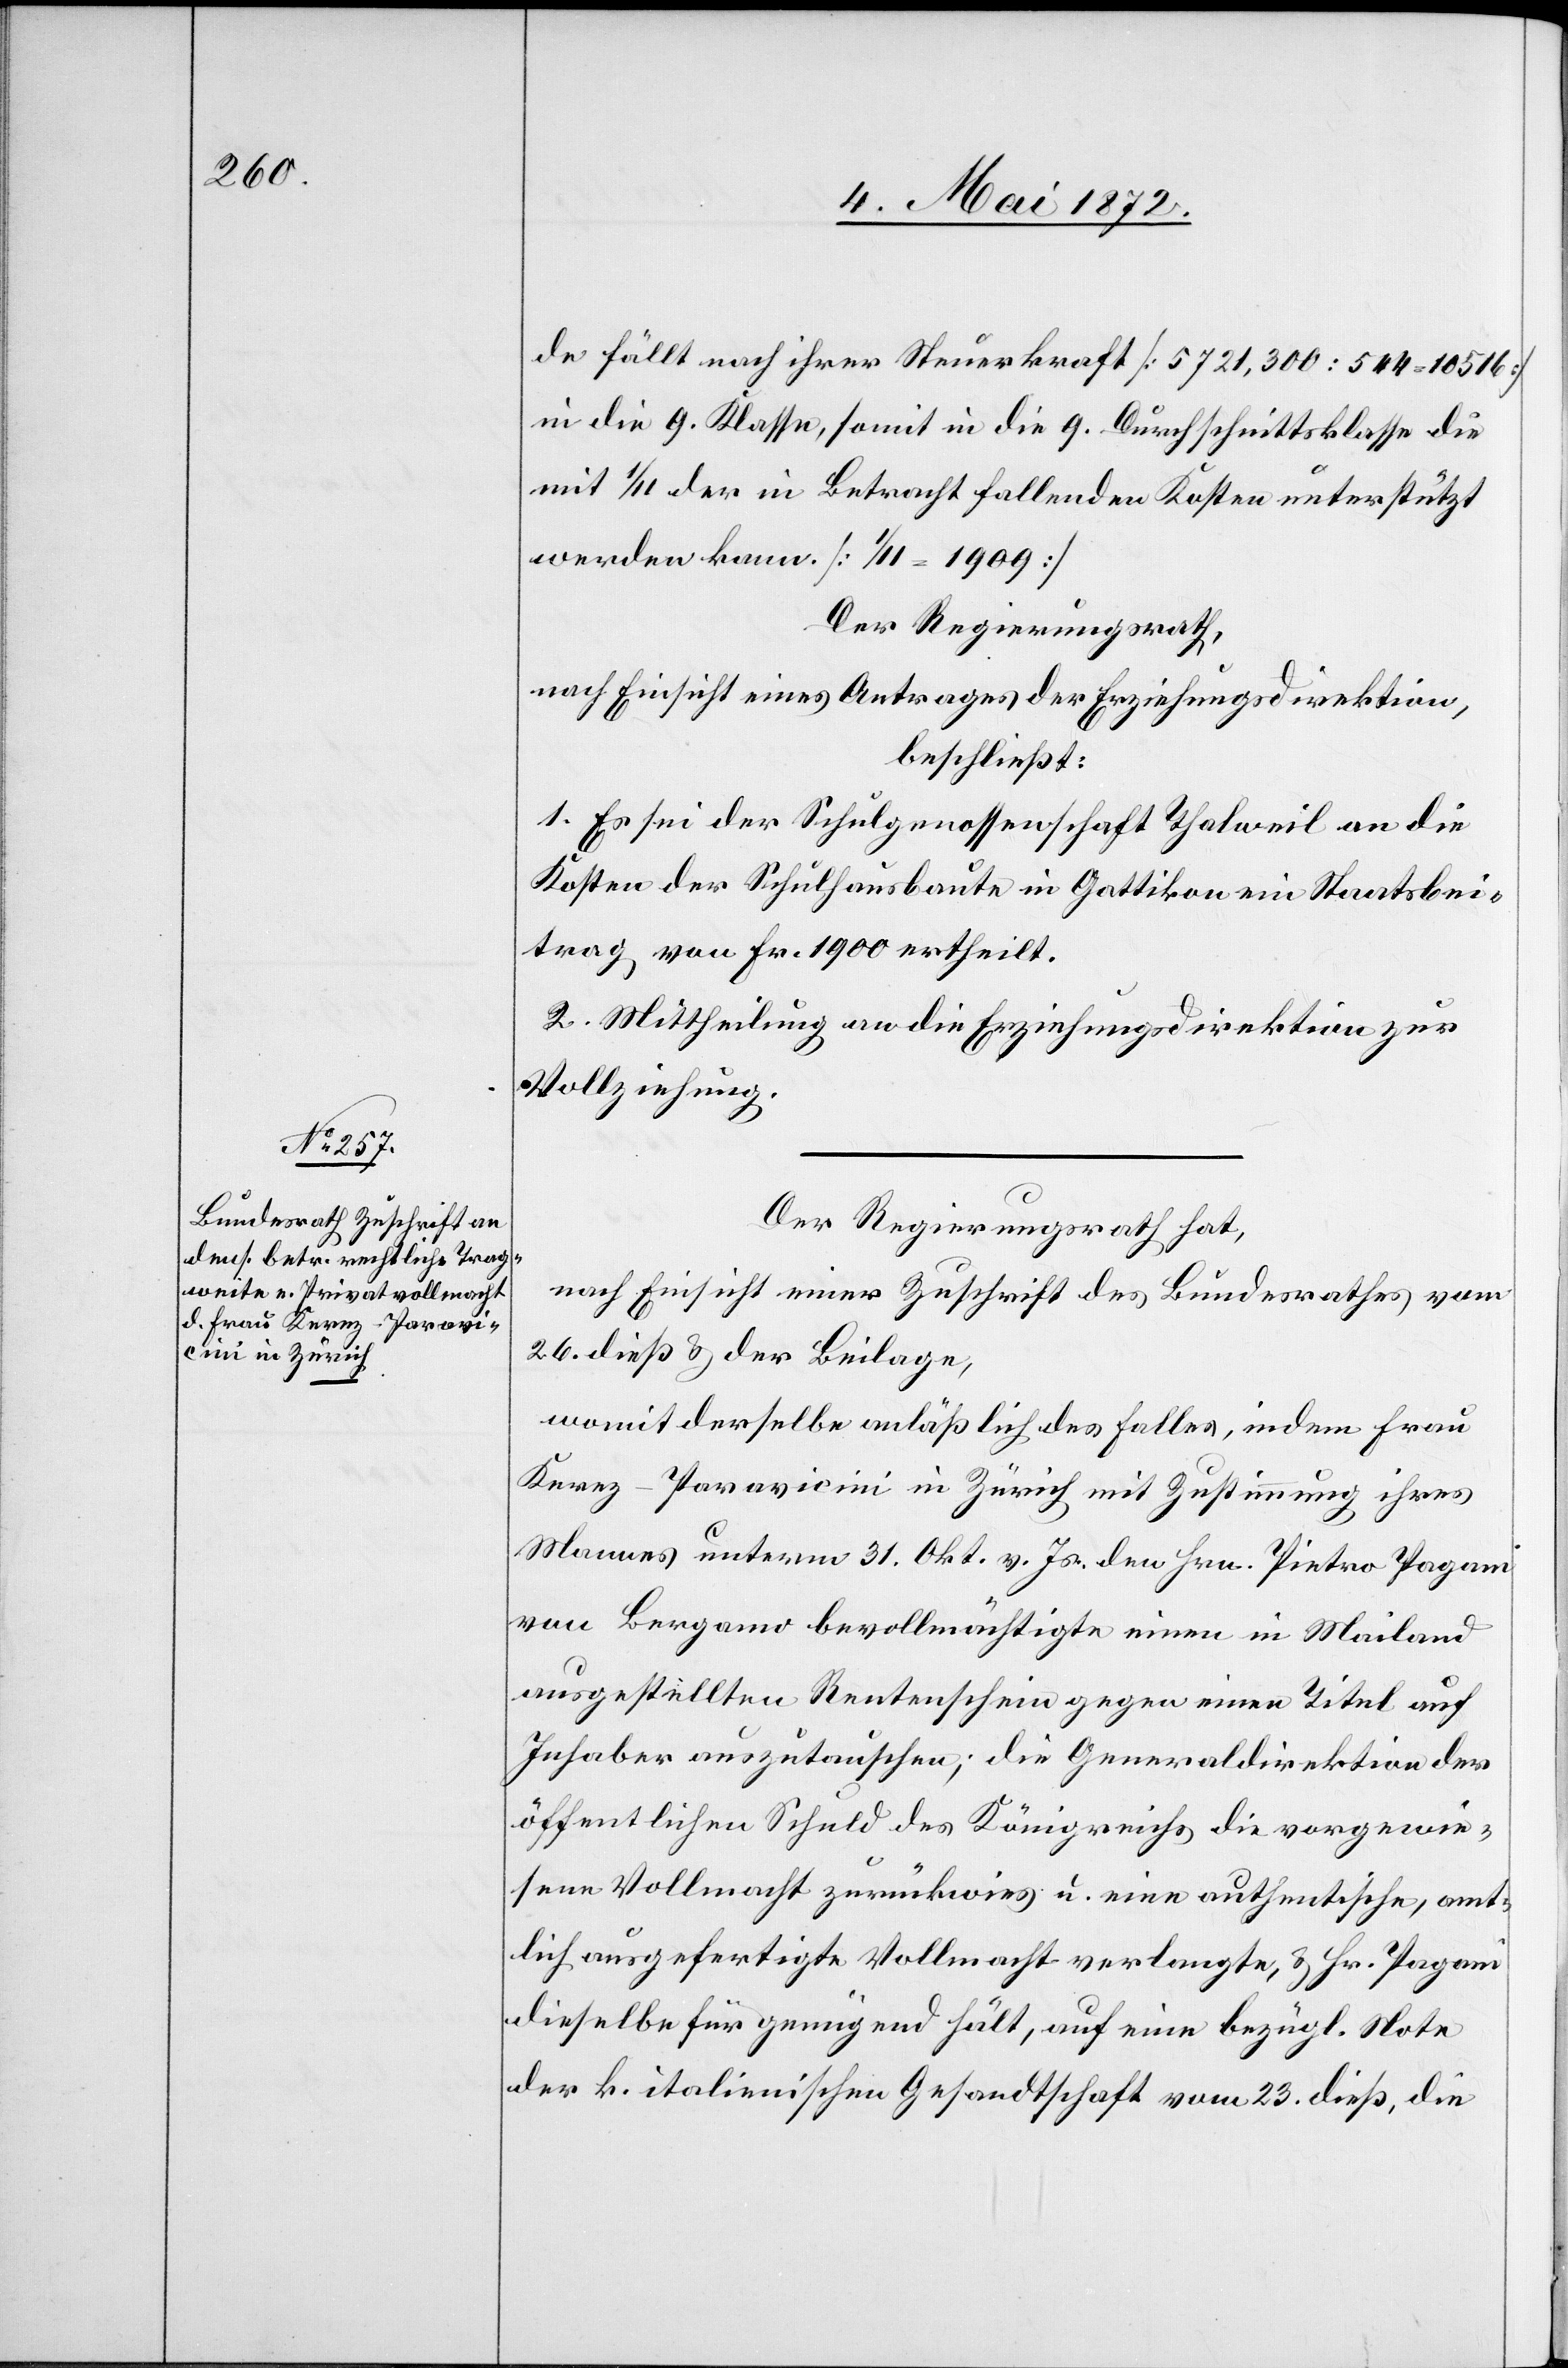
de fällt nach ihrer Steuerkraft [5721,300 : 544 = 10 516]
in die 9. Klasse, somit in die 9. Durchschnittsklasse die
mit 1/11 der in Betracht fallenden Kosten unterstützt
werden kann. [1/11 = 1909]
Der Regierungsrath,
nach Einsicht eines Antrages der Erziehungsdirektion,
beschließt:
1. Es sei der Schulgenossenschaft Thalweil an die
Kosten der Schulhausbaute in Gattikon ein Staatsbei¬
trag von Fr. 1900 ertheilt.
2. Mittheilung an die Erziehungsdirektion zur
Vollziehung.
Der Regierungsrath hat,
nach Einsicht einer Zuschrift des Bundesrathes vom
26. dieß u. der Beilage,
womit derselbe anläßlich des Falles, indem Frau
Kerez-Paravicini in Zürich mit Zustimmung ihres
Mannes unterm 31. Okt v. Js. den Hrn. Pietro Pagani
von Bergano bevollmächtigte einen in Mailand
ausgestellten Rentenschein gegen einen Titel auf
Inhaber auszutauschen; die Generaldirektion der
öffentlichen Schuld des Königreichs die vorgewie¬
sene Vollmacht zurückwies u. eine authentische, amt¬
lich ausgefertigte Vollmacht verlangte, u. Hr. Pagani
dieselbe für genügend hält, auf eine bezügl. Note
der k. italienischen Gesandtschaft vom 23. dieß, die